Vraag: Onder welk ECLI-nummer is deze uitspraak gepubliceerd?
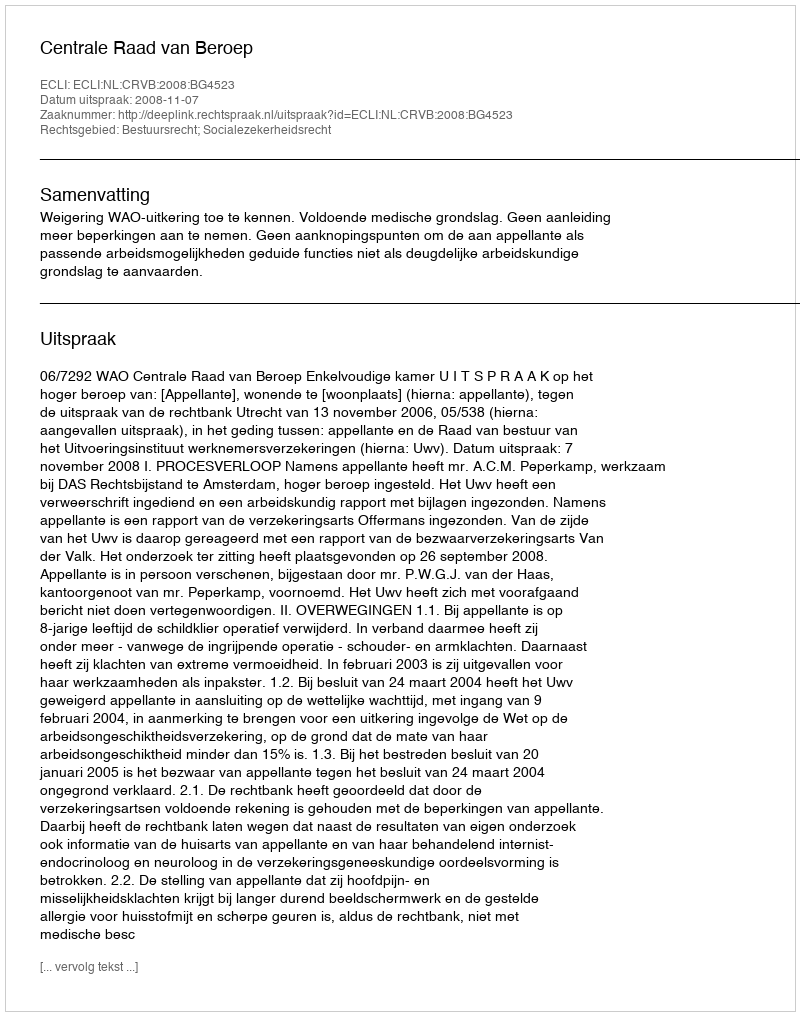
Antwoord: ECLI:NL:CRVB:2008:BG4523